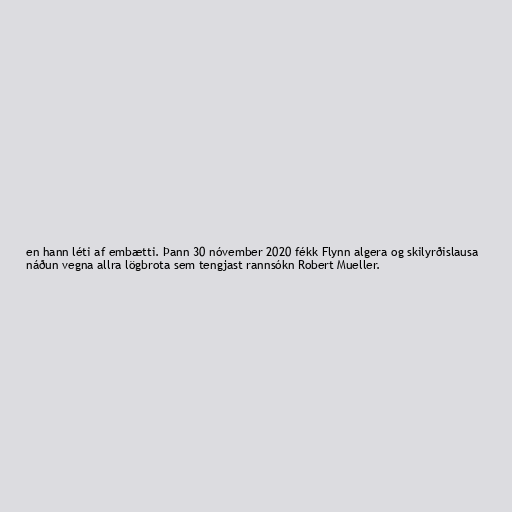
en hann léti af embætti. Þann 30 nóvember 2020 fékk Flynn algera og skilyrðislausa
náðun vegna allra lögbrota sem tengjast rannsókn Robert Mueller.